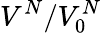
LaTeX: V^{N}/V_{0}^{N}